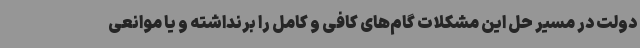
دولت در مسیر حل این مشکلات گام‌های کافی و کامل را برنداشته و یا موانعی